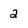
Character: 2